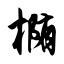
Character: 椭